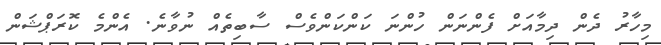
މިހާރު ދެން ދިމާއަށް ފެންނަން ހުންނަ ކަންކަންވެސް ސާބިތެއް ނުވާނެ. އެންމެ ކޮރަޕްޝަން